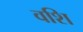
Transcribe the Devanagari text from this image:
वशि